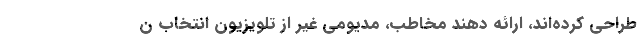
طراحی کرده‌اند، ارائه دهند مخاطب، مدیومی غیر از تلویزیون انتخاب ن